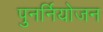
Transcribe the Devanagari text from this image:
पुनर्नियोजन